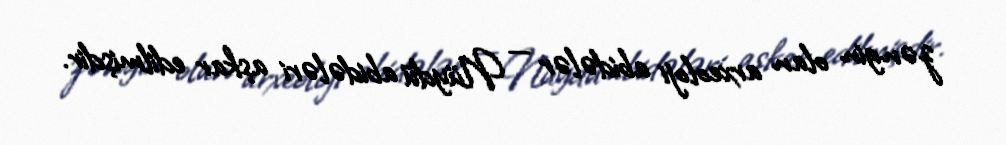
zəngin olan arxeoloji abidələr — Nüydü abidələri aşkar edilmişdir.